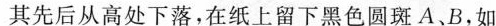
其先后从高处下落，在纸上留下黑色圆斑A、B，如